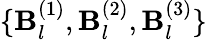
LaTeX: \{ \mathbf{B}_{l}^{(1)},\mathbf{B}_{l}^{(2)},\mathbf{B}_{l}^{(3)}\}